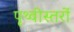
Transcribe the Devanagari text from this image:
पृथ्वीस्तरों